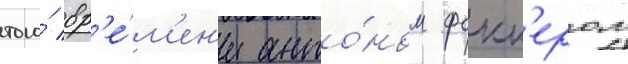
того́ вр'е́м'ен'и анто́ном фокк'ером